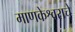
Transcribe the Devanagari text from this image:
माणकेश्वराचे